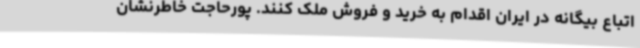
اتباع بیگانه در ایران اقدام به خرید و فروش ملک کنند. پورحاجت خاطرنشان